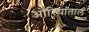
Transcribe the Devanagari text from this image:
ओरियांताल